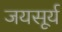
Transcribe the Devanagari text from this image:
जयसूर्य